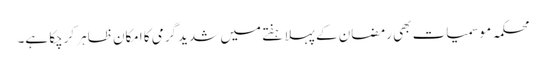
محکمہ موسمیات بھی رمضان کے پہلا ہفتے میں شدید گرمی کا امکان ظاہر کرچکا ہے۔